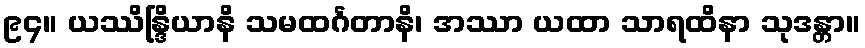
၉၄။ ယဿိန္ဒြိယာနိ သမထင်္ဂတာနိ၊ အဿာ ယထာ သာရထိနာ သုဒန္တာ။